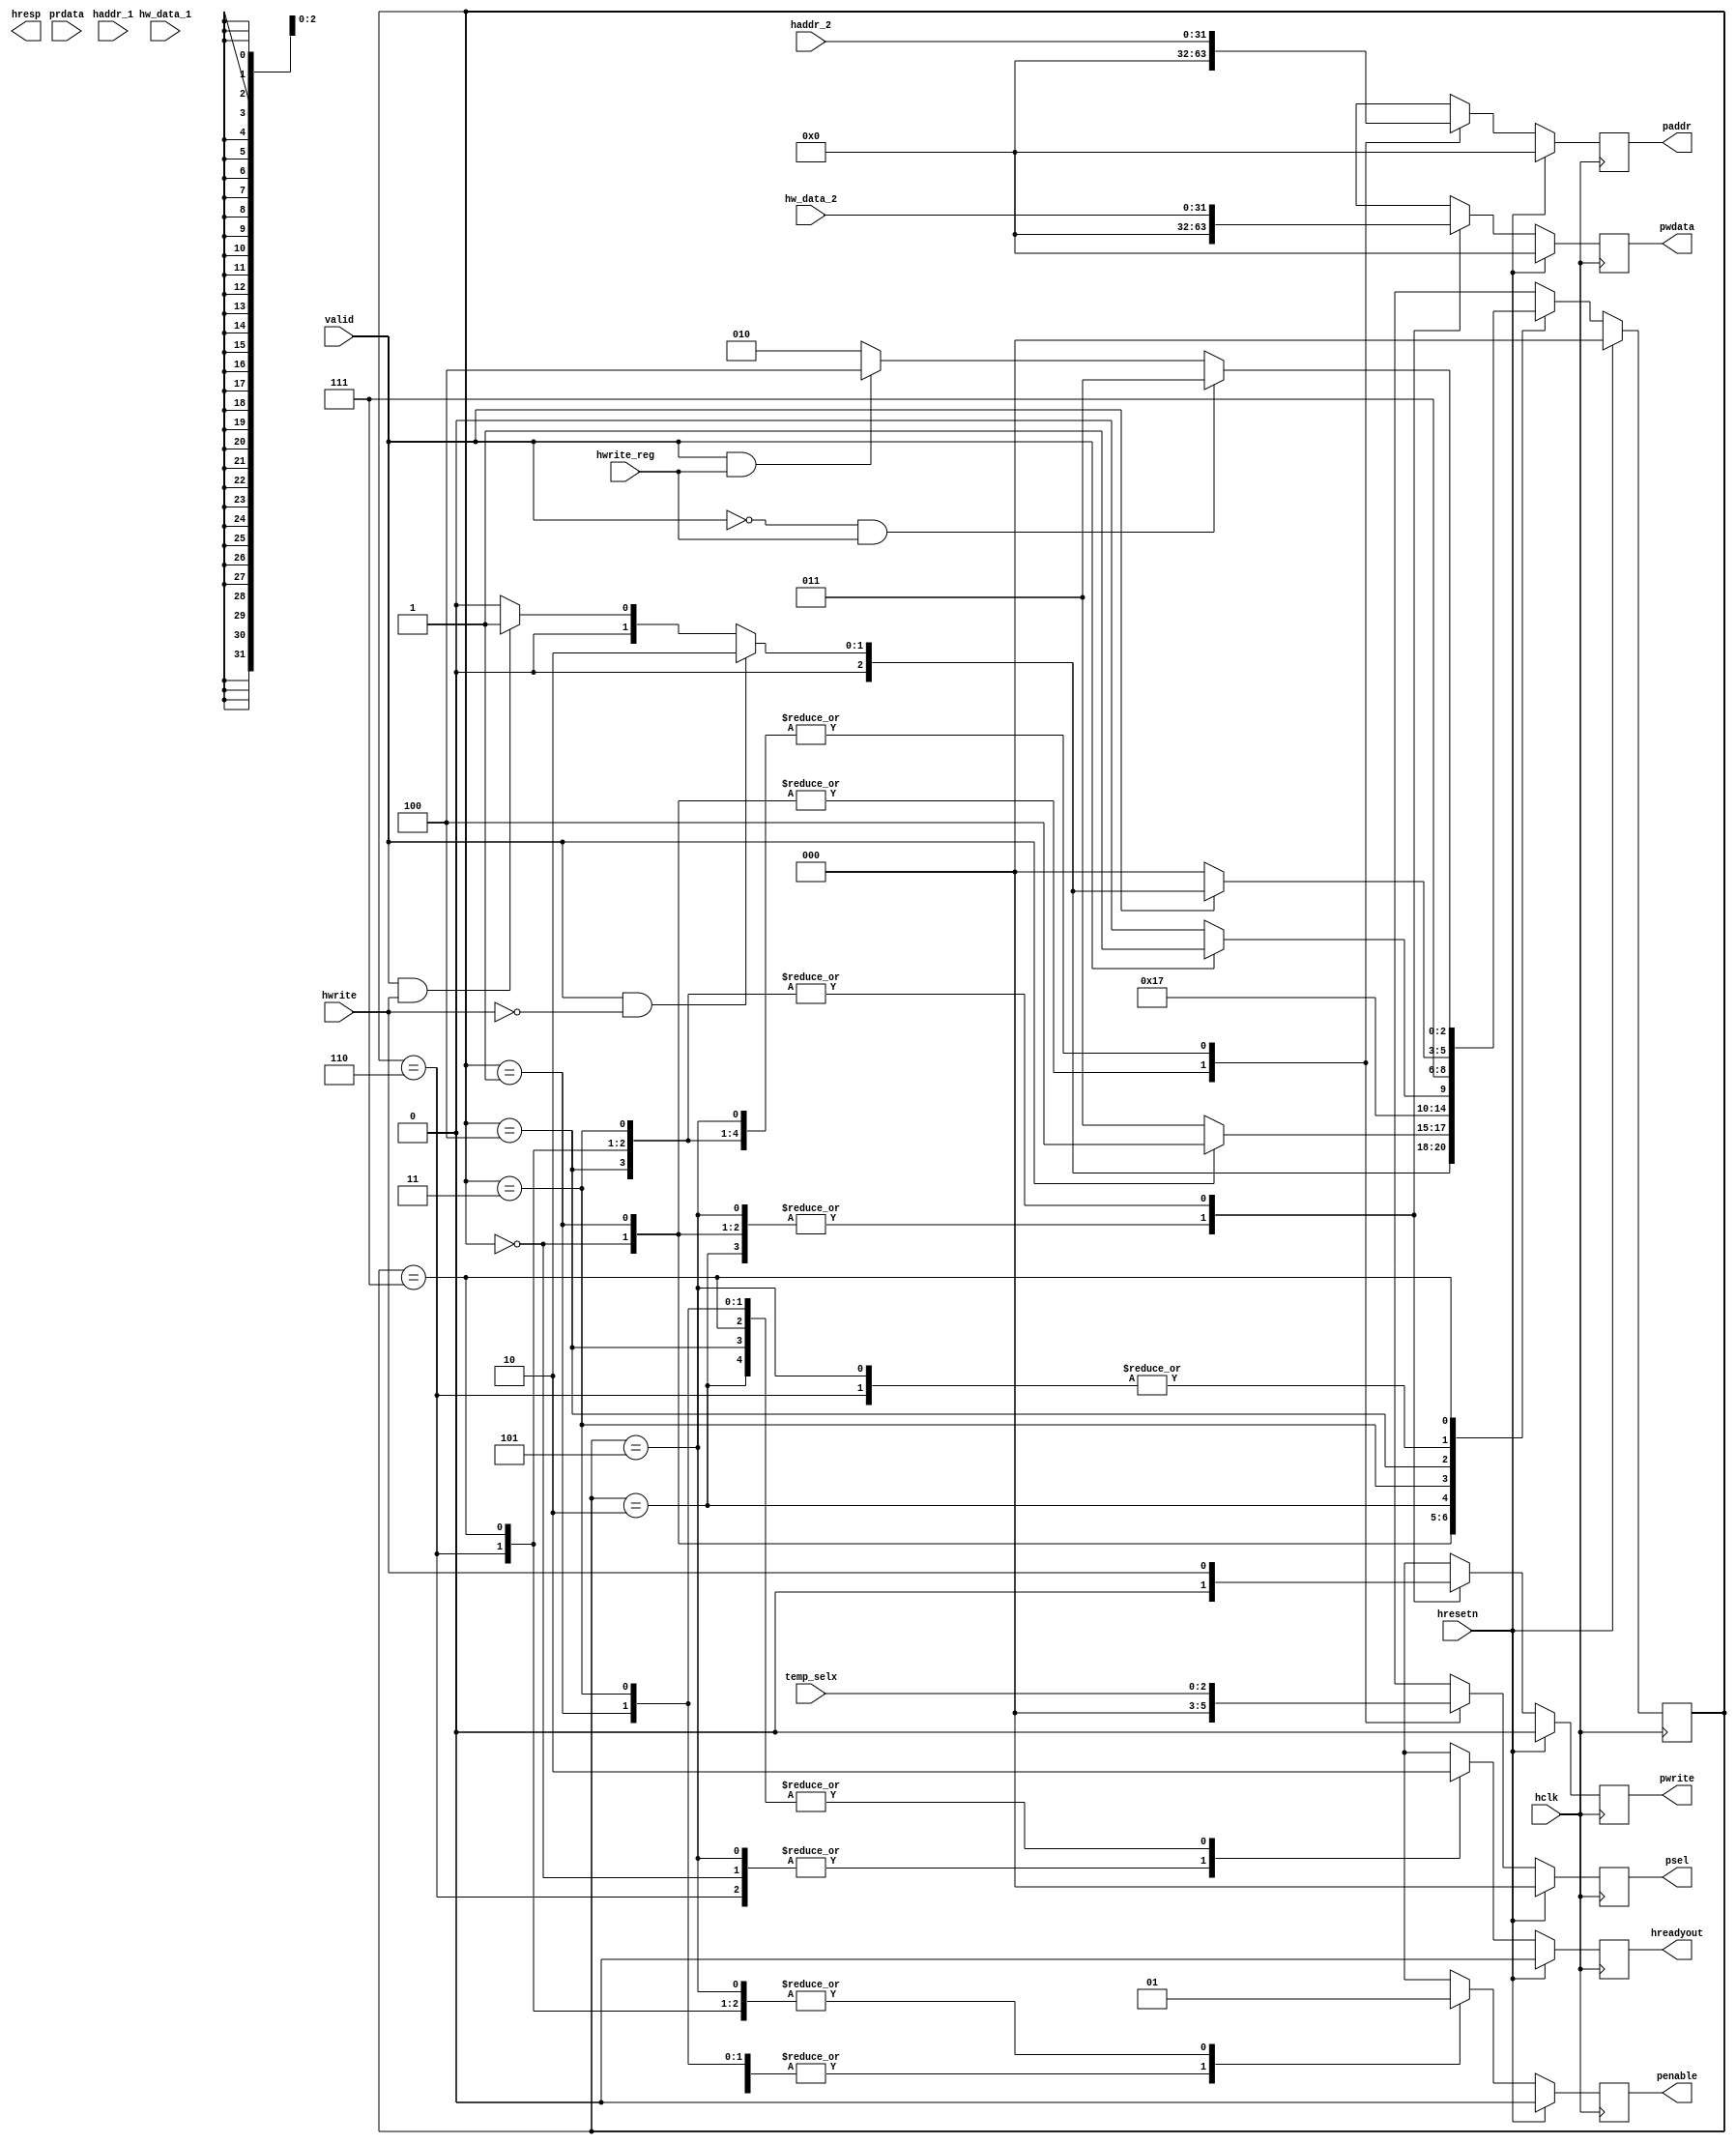
module apb(valid,haddr_1,haddr_2,hw_data_1,hw_data_2,temp_selx,hreadyout,hclk,hresetn,hwrite,pwrite,penable,psel,paddr,pwdata,prdata,hwrite_reg,hresp);

	input valid,hwrite,hclk,hresetn,hwrite_reg;
	input [2:0] temp_selx;
	input [31:0] haddr_2,haddr_1,hw_data_1,hw_data_2,prdata;

	output reg pwrite,penable,hreadyout;
	output reg [31:0] paddr,pwdata;
	output reg [2:0] psel;
	output reg [1:0] hresp;

	reg pwrite_temp,penable_temp,hreadyout_temp;
	reg [31:0] paddr_temp,pwdata_temp;
	reg [2:0] psel_temp;

	parameter st_idle = 3'b000,st_wait = 3'b001,st_read=3'b010,st_write=3'b011,st_writep=3'b100;
	parameter st_renable=3'b101,st_wenable=3'b110,st_wenablep=3'b111;

	reg [2:0] ps,ns;

	//present state logic
	always @(posedge hclk)
	begin 
		if( hresetn )
			ps <= st_idle;
		else
			ps <= ns; 
	end

	//next state and output logic
	always @(*)
	begin 
		ns = st_idle;
		case(ps)

			st_idle: begin 

				
				if( valid && !hwrite)
					ns = st_read;

				else if(valid && hwrite)
					ns = st_wait;

	  			else if(!valid)
					ns = st_idle;

				//output 
				pwdata_temp = 0;
				penable_temp = 0;
				psel_temp = 0;
				pwrite_temp = 0;
				paddr_temp = 0;
				hreadyout_temp = 1;
			end

			
			st_wait: begin
				if(!valid)
					ns = st_write;
				else
					ns = st_writep;

				//output 
				pwdata_temp = 0;
				penable_temp = 1'b0;
				psel_temp = 3'b000;
				pwrite_temp = 1'b0;
				paddr_temp = 32'h00000000;
				hreadyout_temp = 1'b0;


			end 

			st_read: begin 
				ns = st_renable;

				//output 
				pwdata_temp = 32'h0000_0000;
				penable_temp = 1'b0;
				psel_temp = temp_selx;
				pwrite_temp = 1'b0;
				paddr_temp = haddr_2;
				hreadyout_temp = 1'b0;

			end

			st_write: begin
				if(valid)
					ns = st_wenablep;
				else
					ns = st_wenable;

				//output 
				pwdata_temp = hw_data_2;
				penable_temp = 1'b0;
				psel_temp = temp_selx;
				pwrite_temp = hwrite;
				paddr_temp = haddr_2;
				hreadyout_temp = 1'b0;

			end  

			st_writep:begin 
				ns  = st_wenablep;

				//output 
				pwdata_temp = hw_data_2;
				penable_temp = 1'b0;
				psel_temp = temp_selx;
				pwrite_temp = hwrite;
				paddr_temp = haddr_2;
				hreadyout_temp = 1'b0;


			end

			st_renable:begin 
				if(!valid)
					ns = st_idle;

				else if(valid && !hwrite)
					ns = st_read;

				else if(valid && hwrite)
					ns =st_wait;

				//output 
				pwdata_temp = 0;
				penable_temp = 1;
				psel_temp = temp_selx;
				pwrite_temp = 0;
				paddr_temp = haddr_2;
				hreadyout_temp = 1;


			end

			st_wenable: begin 
				if(!valid)
					ns = st_idle;
				else if(valid && !hwrite)
					ns = st_read;

				else if(valid && hwrite)
					ns =st_wait;

				//output 
				pwdata_temp = hw_data_2;
				penable_temp = 1'b1;
				psel_temp = temp_selx;
				pwrite_temp = hwrite;
				paddr_temp = haddr_2;
				hreadyout_temp = 1;


			end
			st_wenablep:begin 
				if(!valid && hwrite_reg)
					ns  = st_write;
				else if(valid && hwrite_reg)
					ns = st_writep;
				else
					ns = st_read;

				//output 
				pwdata_temp = hw_data_2;
				penable_temp = 1'b1;
				psel_temp  = temp_selx;
				pwrite_temp = hwrite;
				paddr_temp = haddr_2;
				hreadyout_temp = 1'b0;

			end


		endcase

	end


	always @(posedge hclk)
	begin 
		if(hresetn)
		begin 
			pwrite <= 0;
			penable <= 0;
			hreadyout <= 0;
			paddr <= 0;
			pwdata <= 0;
			psel <= 0;
		end

		else
		begin 
			pwrite <= pwrite_temp;
			penable <= penable_temp;
			hreadyout <= hreadyout_temp;
			paddr <= paddr_temp;
			pwdata <= pwdata_temp;
			psel <= psel_temp;
			
			end
	end

endmodule